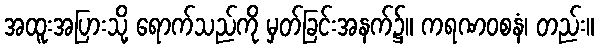
အထူးအပြားသို့ ရောက်သည်ကို မှတ်ခြင်းအနက်၌။ ကရဏဝစနံ၊ တည်း။